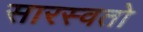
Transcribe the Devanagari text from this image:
सारस्वतो